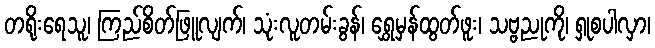
တရိုးရေသူ၊ ကြည်စိတ်ဖြူလျက်၊ သုံးလူတမ်းခွန်၊ ရွှေမှန်ထွတ်ဖူး၊ သဗ္ဗညုကို၊ ရှုစပါလှာ၊